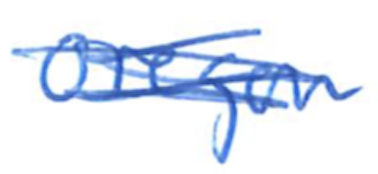
Text: Oregon
Cross-out: scratch
Writing tool: ballpoint